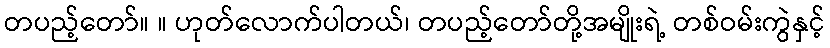
တပည့်တော်။ ။ ဟုတ်လောက်ပါတယ်၊ တပည့်တော်တို့အမျိုးရဲ့ တစ်ဝမ်းကွဲနှင့်